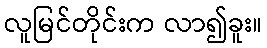
လူမြင်တိုင်းက လာ၍ခူး။